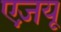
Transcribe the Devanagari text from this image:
एज़यू